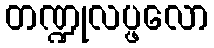
တဏ္ဍုလပ္ဖလော